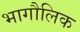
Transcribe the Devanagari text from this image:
भागौलिक